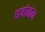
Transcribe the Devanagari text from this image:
धर्मजंग